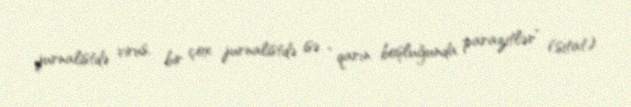
jurnalistdə virus, bir çox jurnalistdə isə “qarın boşluğunda parazitlər” (sitat)